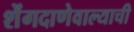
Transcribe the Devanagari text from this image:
शेंगदाणेवाल्याची